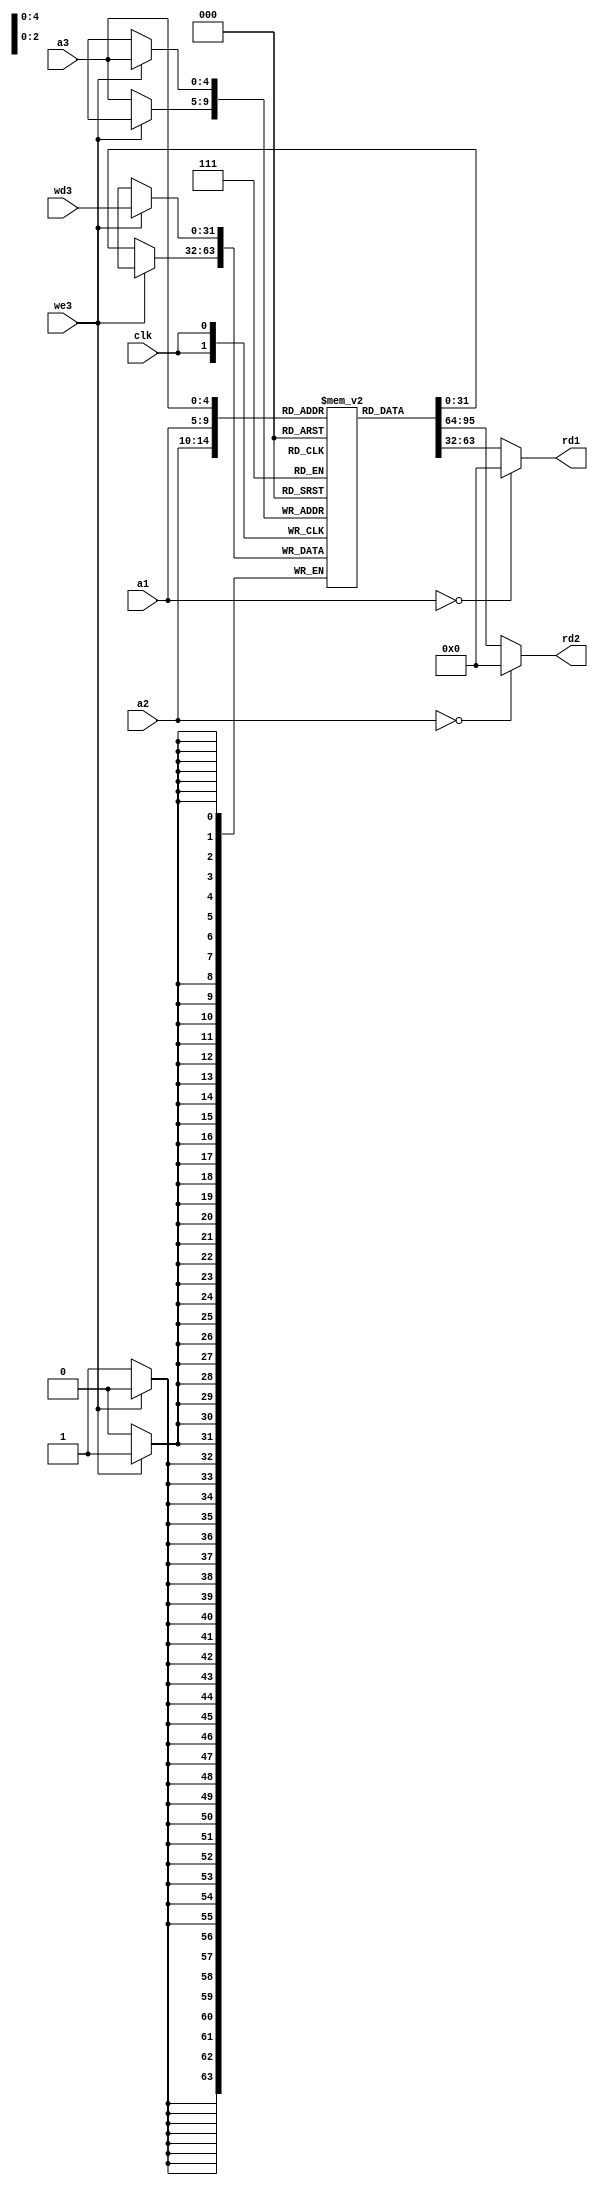
module reg_file (a1,a2,a3,wd3,rd1,rd2,clk,we3);

input clk,we3;
input [4:0] a1,a2,a3;
input [31:0] wd3;
output [31:0] rd1,rd2;

reg [31:0] mem [31:0];

assign  rd2 = (a2 == 5'd0) ? 32'd0 : mem [a2];
assign 	rd1 = (a1 == 5'd0) ? 32'd0 : mem [a1];

always@(negedge clk)
begin
	if (we3)
		mem [a3] <= wd3;
	else
		mem [a3] <= mem [a3];
end
endmodule